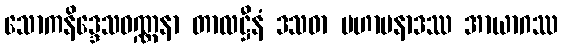
သောကနိဒ္ဒေသဝဏ္ဏနာ တာလဋ္ဌီနံ ဒသဓာ မဟာပနာဒဿ အာယာဂဿ